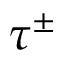
\tau ^ { \pm }